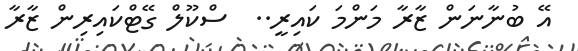
އޭ ބުނާނަން ޒާރާ މަންމަ ކައިރީ..  ސްކޫލް ގޭޓްކައިރިން ޒާރާ